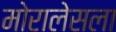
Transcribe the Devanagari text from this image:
मोरालेसला